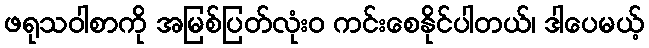
ဖရုသဝါစာကို အမြစ်ပြတ်လုံးဝ ကင်းစေနိုင်ပါတယ်၊ ဒါပေမယ့်